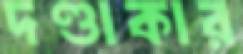
দণ্ডাকার